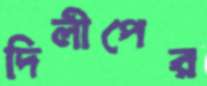
দিলীপের